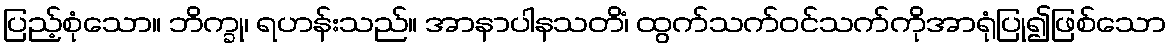
ပြည့်စုံသော။ ဘိက္ခု၊ ရဟန်းသည်။ အာနာပါနသတိံ၊ ထွက်သက်ဝင်သက်ကိုအာရုံပြု၍ဖြစ်သော